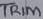
Text: TRIM